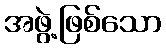
အဖွဲ့ဖြစ်သော